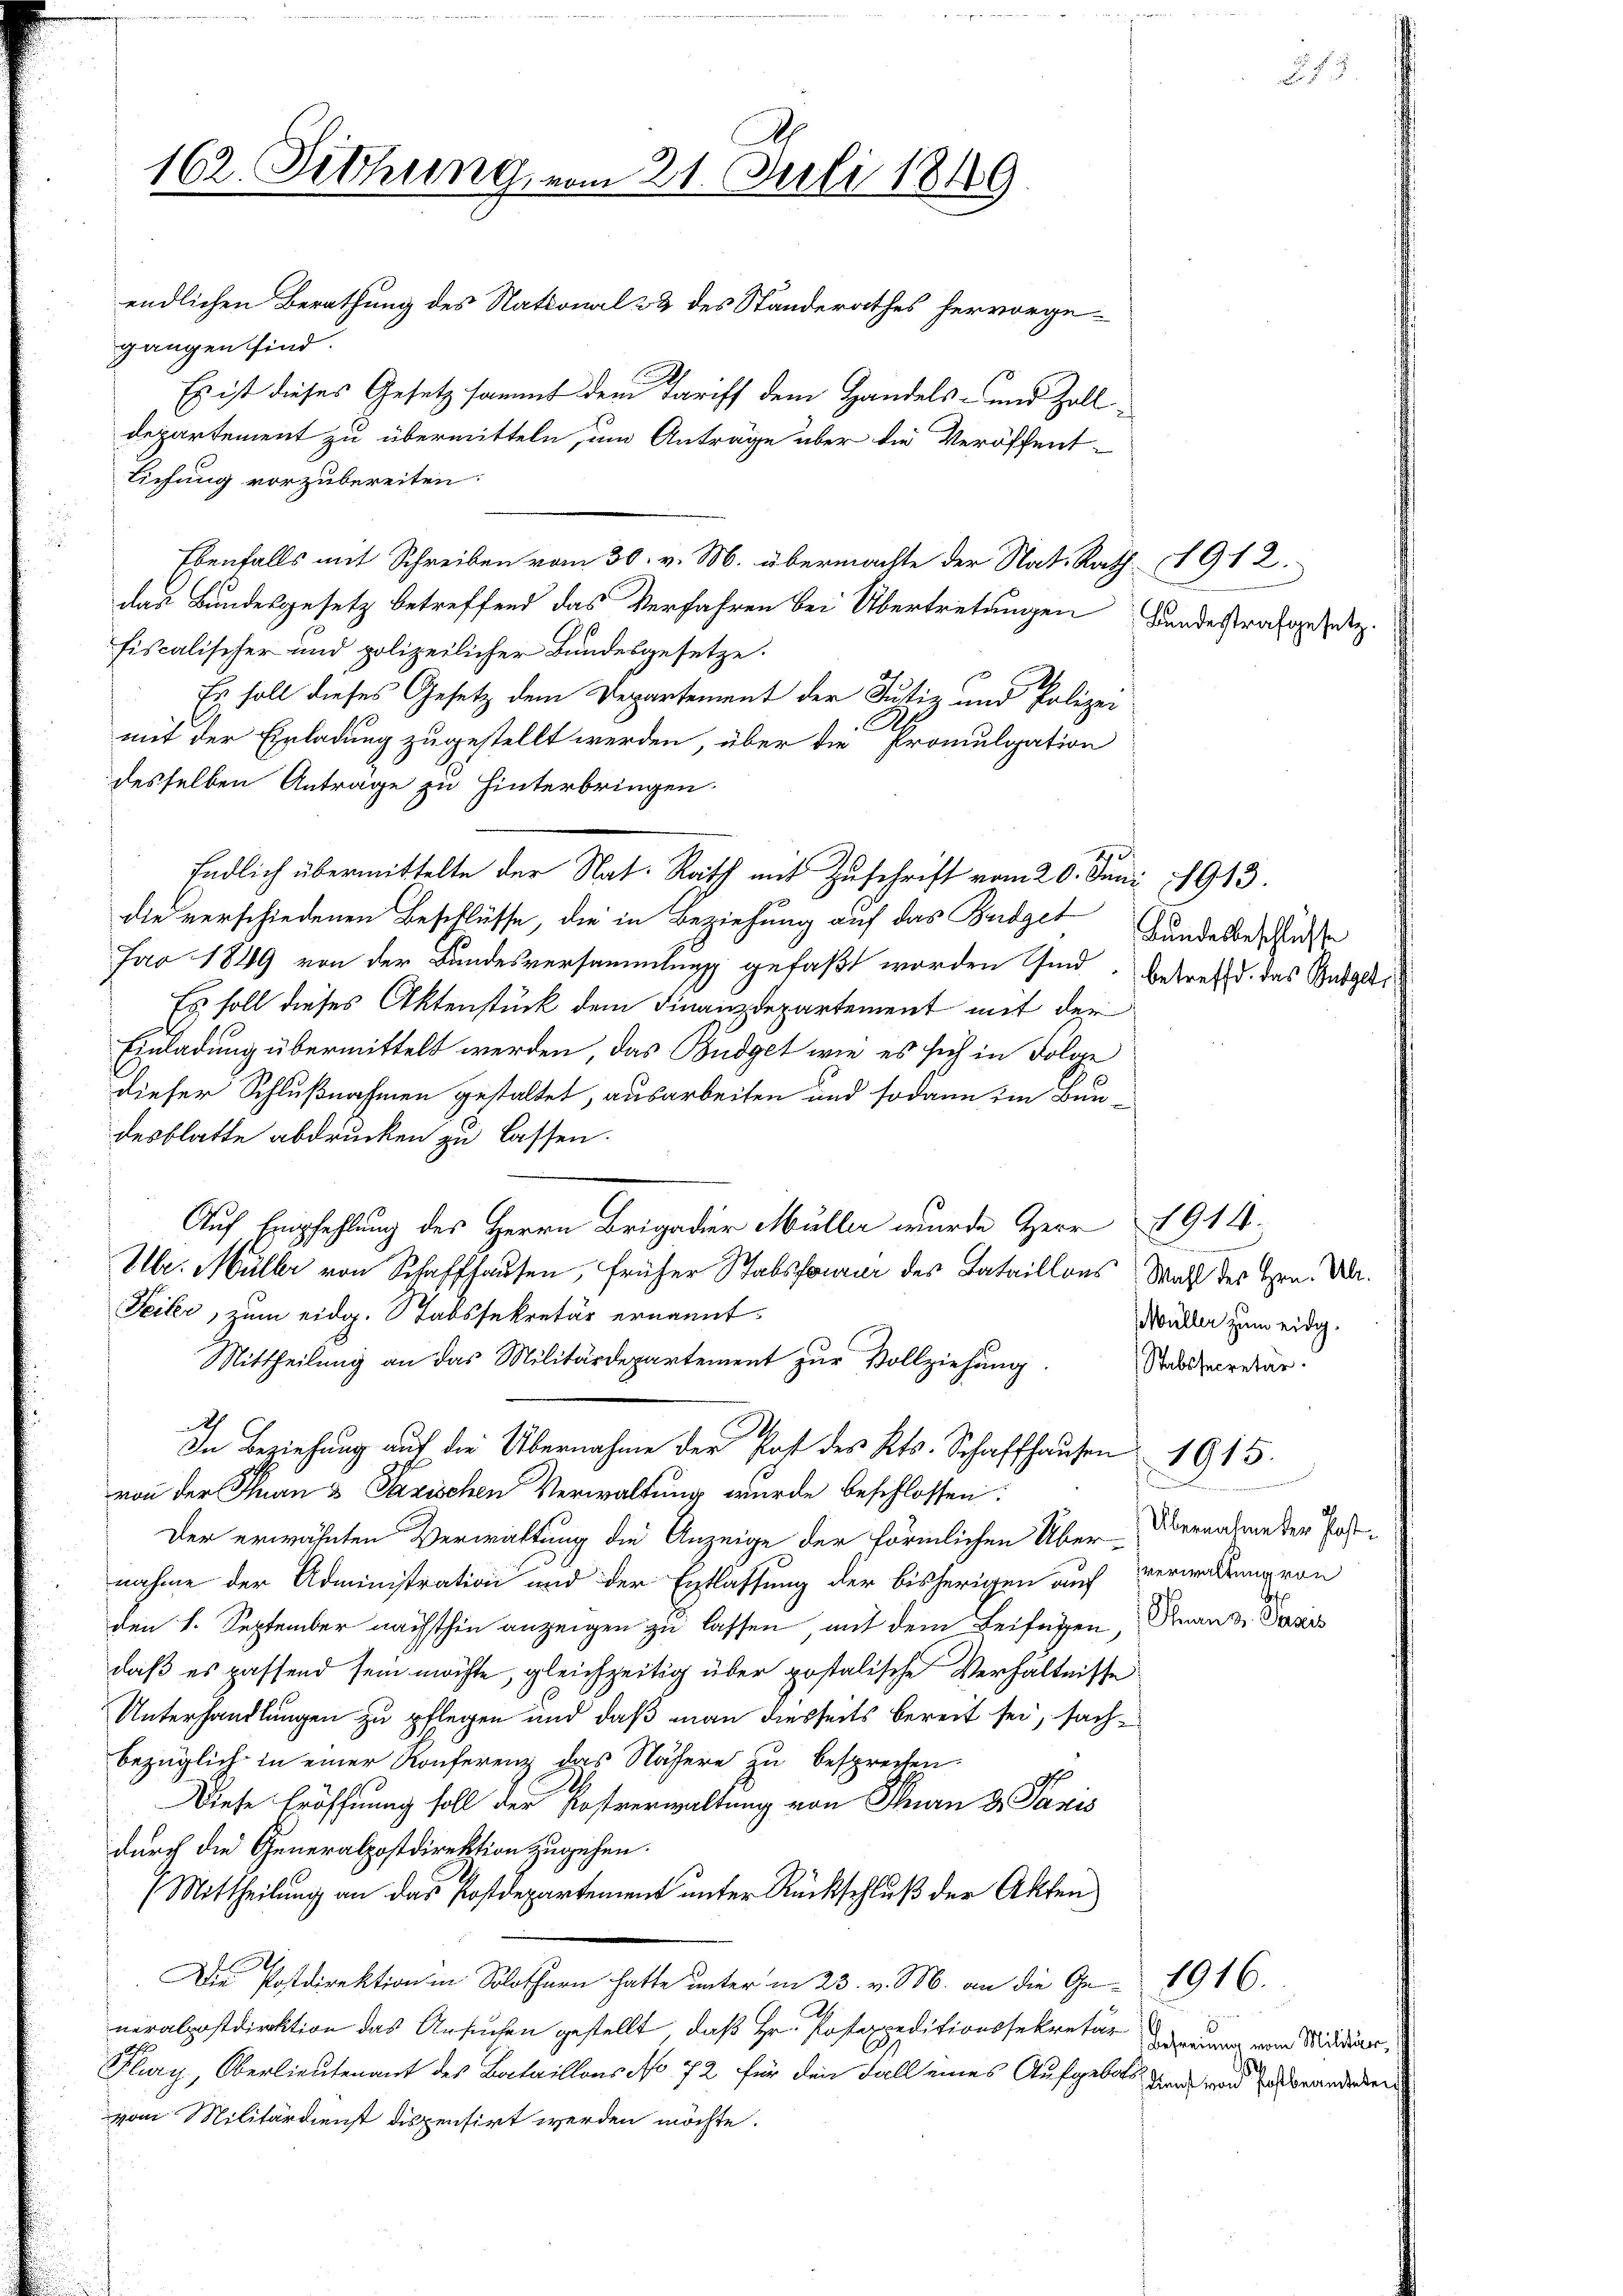
C

162. Sitzung, vom 21. Juli 1849

endlichen Berathung des National- & des Standerathes hervorgegangen sind.
Es ist dieses Gesetzsammt dem Tariff dem Handels- und Zolldepartement zu übermitteln, um Anträge über die Veröffent-
Lichung vorzubereiten:
Ebenfalls mit Schreiben vom 30. v. M. übermachte der Nat. Rath 1912.
das Bundesgesetz betreffend das Verfahren bei Übertretungen Landesstrafgesetz
fiscalischer und polizeilicher Bundesgesetze.
Es soll dieses Gesetz dem Departement der Justiz und Polizei
A
mit der Einladung zugestellt werden, über die Promulgation
desselben Anträge zu hinterbringen.
die verschiedenen Beschlüsse, die in Beziehung auf das Budget Hundesbeschlusse
Jao 1849 von der Bundesversammlung gefaßt worden sind. Betreffd. das Budgeti
Es soll dieses Aktenstück dem Finanzdepartement mit der
Einladung übermittelt werden, das Budget wie es sich in Folge
diefer Schlußnahmen gestaltet, ausarbeiten und sodann im Baudesblatte abdrucken zu lassen.
Auf Empfehlung des Herrn Brigadier Müller wurde Herr 1914.
Ubr. Müller von Schaffhausen, früher Stabsformer des Bataillons Was des Hrn. Dn.
Feiler, zum eidg. Stabssekretär ernannt.
Mittheilung an das Militärdepartement zur Vollziehung.
d
In Beziehung aŭf die Übernahme der Post des Kts. Schaffhaŭsen 1915.
von der Thurn & Pazischen Verwaltung wurde beschlossen:
Der erwähnten Verwaltung die Anzeige der förmlichen Über Übernahme der Postnahme der Administration und der Entlassung der bisherigen auf
den 1. September nächsthin anzeigen zu lassen, mit dem Beifügen, Finand Paris
aß es passend sein möchte, gleichzeitig über postalische Verhältnisse
Unterhandlungen zu pflegen und daß man diesseits bereit sei, sachbezüglich in einer Konferenz das Nähere zu besprechen
d
Diese Eröffnung soll der Postverwaltung von Thurn d. Janis
durch die Generalpostdirektion zugehen.
(Mittheilung an das Postdepartement unter Rückschluß der Akten
Die Postdirektion in Solothurn hatte unter in 23. v. M. an die Ge- 1916.
neralpostdirektion das Ansuchen gestellt, daß Hr. Posteppeditionssekretär vorang von Mäder,
Flury, Oberlieutenant des Bataillons No 72 für den Fall eines Aufgebot den und zu Branderen
vom Militärdienst dispensirt werden möchte.

Endlich übermittelte der Nat. Rath mit Zuschrift vom 20. Juni 1913.

Müller zum eidg.
Stabssecretär.

verwaltung von

¬